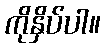
ကိုနှိပ်ပါ။